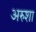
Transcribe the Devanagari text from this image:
अरुशा